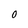
Character: O